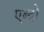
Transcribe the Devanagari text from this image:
एब्दो